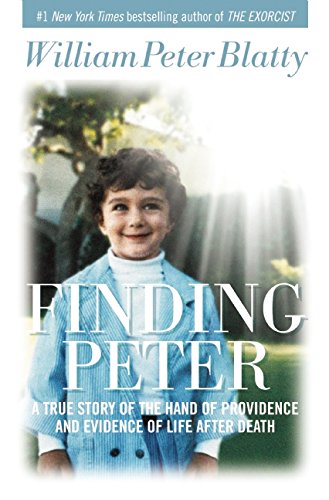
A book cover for Finding Peter: A True Story of the Hand of Providence and Evidence of Life after Death; William Peter Blatty; Religion & Spirituality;